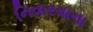
નિવારવાના